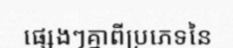
ផ្សេងៗគ្នាពីប្រភេទនៃ